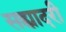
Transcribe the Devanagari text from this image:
सह्यादरी